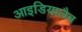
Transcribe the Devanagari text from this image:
आइडियालैब